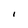
Character: I